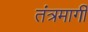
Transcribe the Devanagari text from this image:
तंत्रमार्गी